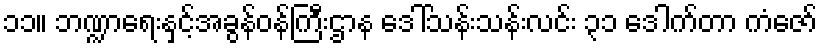
၁၁။ ဘဏ္ဍာရေးနှင့်အခွန်ဝန်ကြီးဌာန ဒေါ်သန်းသန်းလင်း ၃၁ ဒေါက်တာ ကံဇော်